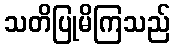
သတိပြုမိကြသည်